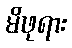
မိဖုရား